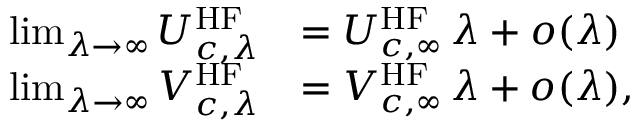
\begin{array} { r l } { \operatorname* { l i m } _ { \lambda \to \infty } U _ { c , \lambda } ^ { \mathrm { H F } } } & { = U _ { c , \infty } ^ { \mathrm { H F } } \, \lambda + o ( \lambda ) } \\ { \operatorname* { l i m } _ { \lambda \to \infty } V _ { c , \lambda } ^ { \mathrm { H F } } } & { = V _ { c , \infty } ^ { \mathrm { H F } } \, \lambda + o ( \lambda ) , } \end{array}